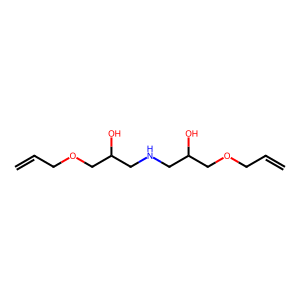
SMILES: C=CCOCC(O)CNCC(O)COCC=C
Inhibits HIV replication: No